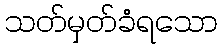
သတ်မှတ်ခံရသော